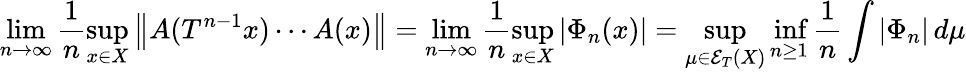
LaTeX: \operatorname*{lim}_{n\to\infty}\frac{1}{n}\operatorname*{sup}_{x\in X}\left\| A(T^{n-1}x)\cdots A(x)\right\| =\operatorname*{lim}_{n\to\infty}\frac{1}{n}\operatorname*{sup}_{x\in X}\left|\Phi_{n}(x)\right|=\operatorname*{sup}_{\mu\in\mathcal{E}_{T}(X)}\operatorname*{inf}_{n\geq 1}\frac{1}{n}\int|\Phi_{n}|\, d\mu